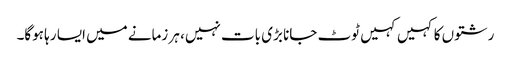
رشتوں کا کہیں کہیں ٹوٹ جانا بڑی بات نہیں، ہر زمانے میں ایسا رہا ہوگا۔